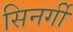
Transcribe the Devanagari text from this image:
सिनर्गी